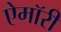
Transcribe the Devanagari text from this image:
ऐमॉरी